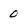
Character: 0